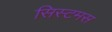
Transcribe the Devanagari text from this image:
सिस्टमस